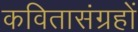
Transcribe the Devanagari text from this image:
कवितासंग्रहों